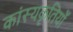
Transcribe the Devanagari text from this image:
कांस्यकृतियाँ